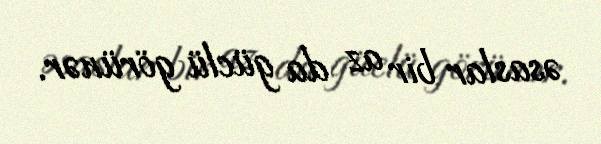
əsaslar bir az da güclü görünər.